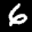
Label: 6